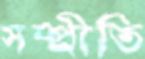
সম্প্র্রীতি